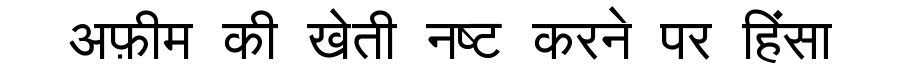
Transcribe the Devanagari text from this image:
अफ़ीम की खेती नष्ट करने पर हिंसा